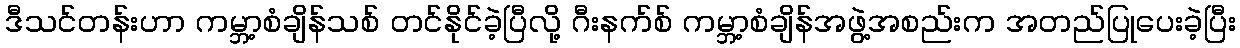
ဒီသင်တန်းဟာ ကမ္ဘာ့စံချိန်သစ် တင်နိုင်ခဲ့ပြီလို့ ဂီးနက်စ် ကမ္ဘာ့စံချိန်အဖွဲ့အစည်းက အတည်ပြုပေးခဲ့ပြီး